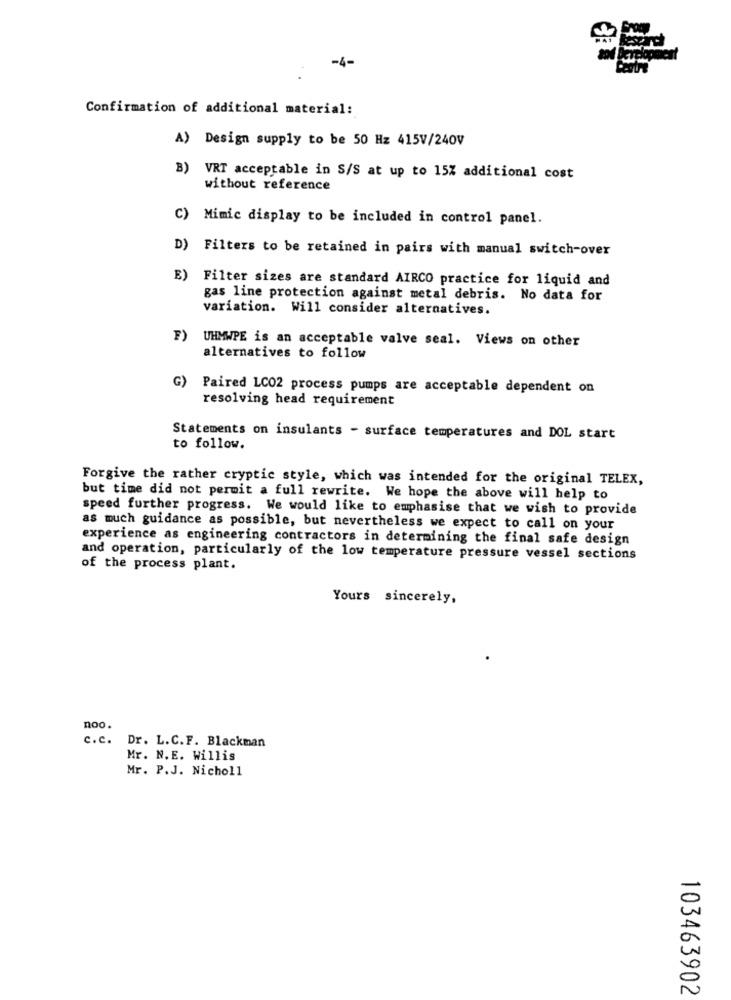
-4-
Confirmation of additional material:
A) Design supply to be 50 Hz 415V/240V
B) VRT acceptable in S/S at up to 15% additional cost
without reference
C) Mimic display to be included in control panel.
D) Filters to be retained in pairs with manual switch-over
E) Filter sizes are standard AIRCO practice for liquid and
gas line protection against metal debris. No data for
variation. Will consider alternatives.
F)
UHMWPE is an acceptable valve seal. Views on other
alternatives to follow
G)
Paired LC02 process pumps are acceptable dependent on
resolving head requirement
Statements on insulants - surface temperatures and DOL start
to follow.
Forgive the rather cryptic style, which was intended for the original TELEX,
but time did not permit a full rewrite. We hope the above will help to
speed further progress. We would like to emphasise that we wish to provide
as much guidance as possible, but nevertheless we expect to call on your
experience as engineering contractors in determining the final safe design
and operation, particularly of the low temperature pressure vessel sections
of the process plant.
Yours sincerely,
noo.
c.c.
Dr. L.C.F. Blackman
Mr. N.E. Willis
Mr. P.J. Nicholl
103463902